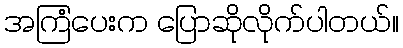
အကြံပေးက ပြောဆိုလိုက်ပါတယ်။